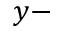
y -